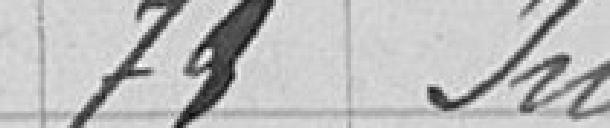
79 in